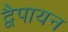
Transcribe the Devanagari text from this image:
द्वेैपायन